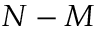
N - M